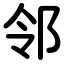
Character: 邻